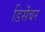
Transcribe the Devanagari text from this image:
डिसॆंबर